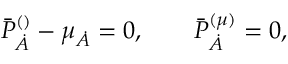
\bar { P } _ { \dot { A } } ^ { ( \l ) } - \mu _ { \dot { A } } = 0 , \qquad \bar { P } _ { \dot { A } } ^ { ( \mu ) } = 0 ,